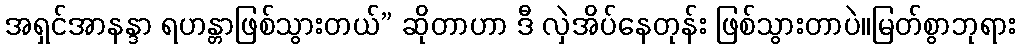
အရှင်အာနန္ဒာ ရဟန္တာဖြစ်သွားတယ်” ဆိုတာဟာ ဒီ လှဲအိပ်နေတုန်း ဖြစ်သွားတာပဲ။မြတ်စွာဘုရား